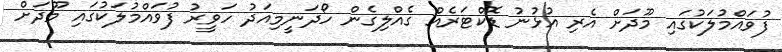
ފުވައްމުލަކުގައި މޫދަށް އެރި އުޅުނު ޑޮކްޓަރެއް ގެއްލިގެން ހޯދަނީމިއަދު ހަވީރު ފުވައްމުލަކުގައި މޫދަށް